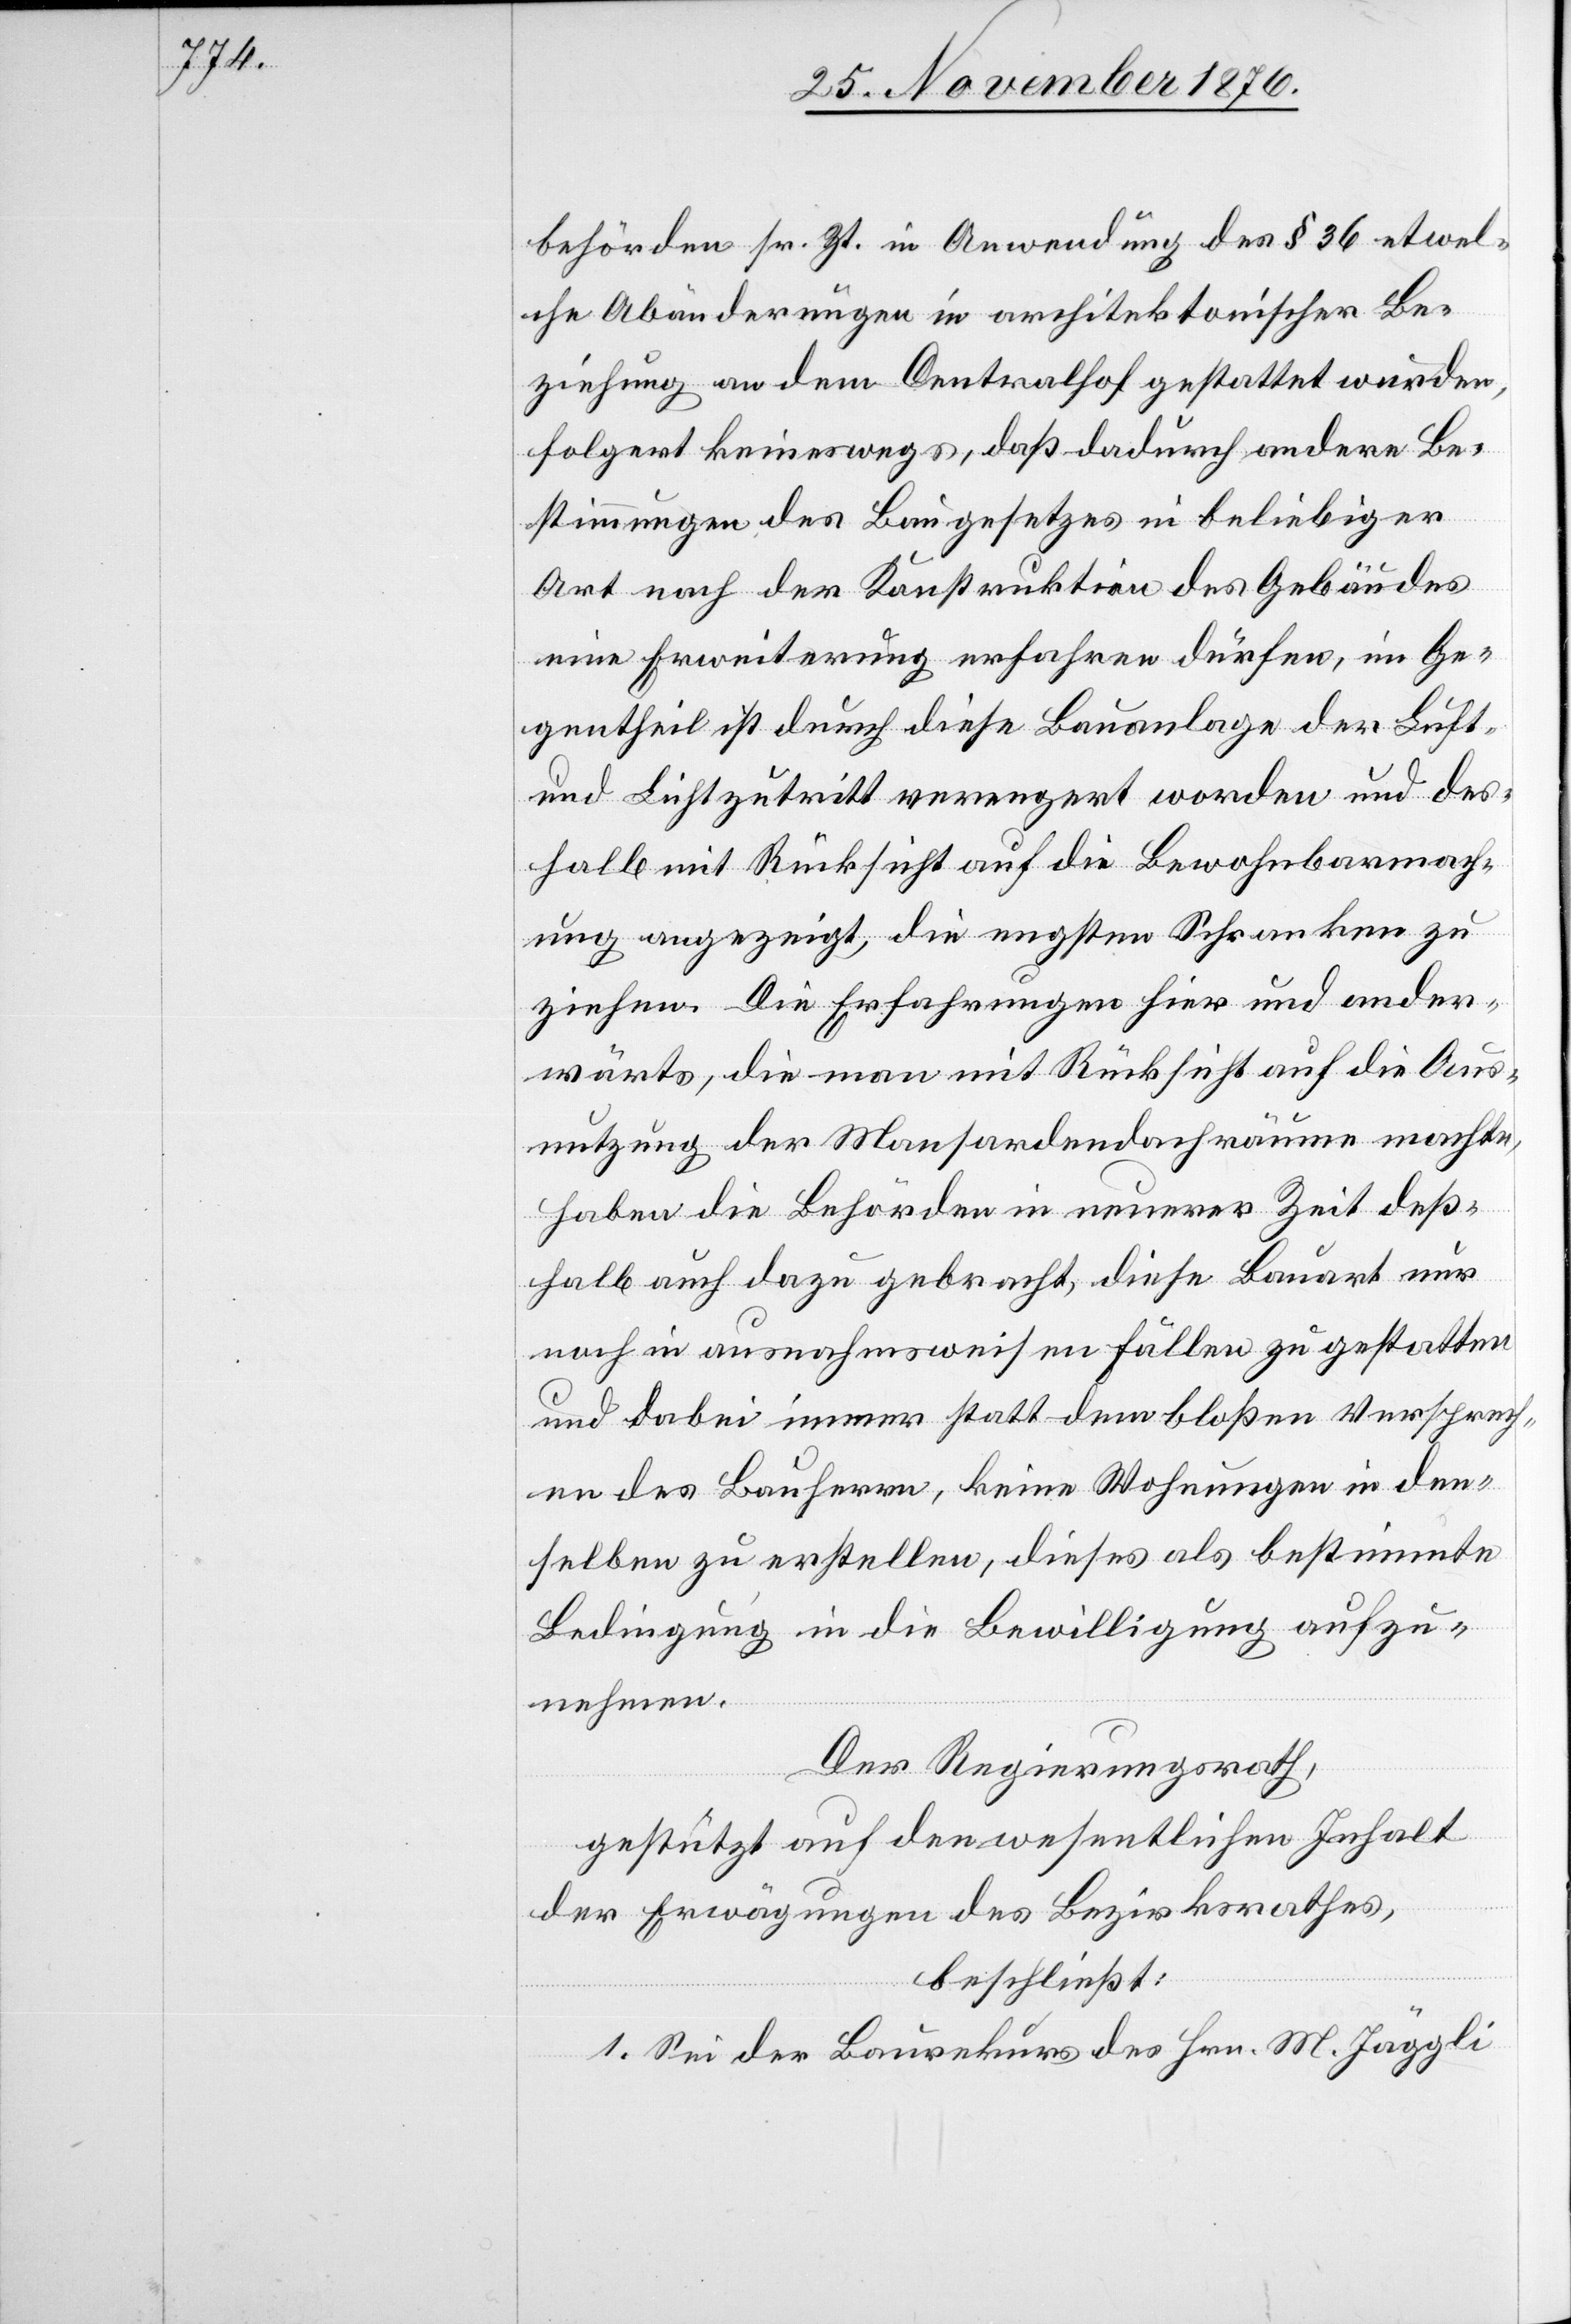
behörden sr. Zt. in Anwendung des § 36 etwel¬
che Abänderungen in architektonischer Be¬
ziehung an dem Centralhof gestattet wurden,
folgert keineswegs, daß dadurch andere Be¬
stimmungen des Baugesetzes in beliebiger
Art nach der Konstruktion des Gebäudes
eine Erweiterung erfahren dürfen, im Ge¬
gentheil ist durch diese Bauauslage der Luft-
und Lichtzutritt verengert worden und des¬
halb mit Rücksicht auf die Bewohnbarmach¬
ung angezeigt, die engsten Schranken zu
ziehen. Die Erfahrungen hier und ander¬
wärts, die man mit Rücksicht auf die Aus¬
nutzung der Mansardendachräume machte,
haben die Behörden in neuerer Zeit deß¬
halb auch dazu gebracht, diese Bauart nur
noch in ausnahmsweisen Fällen zu gestatten
und dabei immer statt dem bloßen Versprech¬
en des Bauherrn, keine Wohnungen in den¬
selben zu erstellen, dieses als bestimmte
Bedingung in die Bewilligung aufzu¬
nehmen.
Der Regierungsrath,
gestützt auf den wesentlichen Inhalt
der Erwägungen des Bezirksrathes,
beschließt:
1. Sei der Baurekurs des Hrn. M. Jäggli